Indian journal of veterinary science and animal husbandry - Volume 6,
Year: 1936
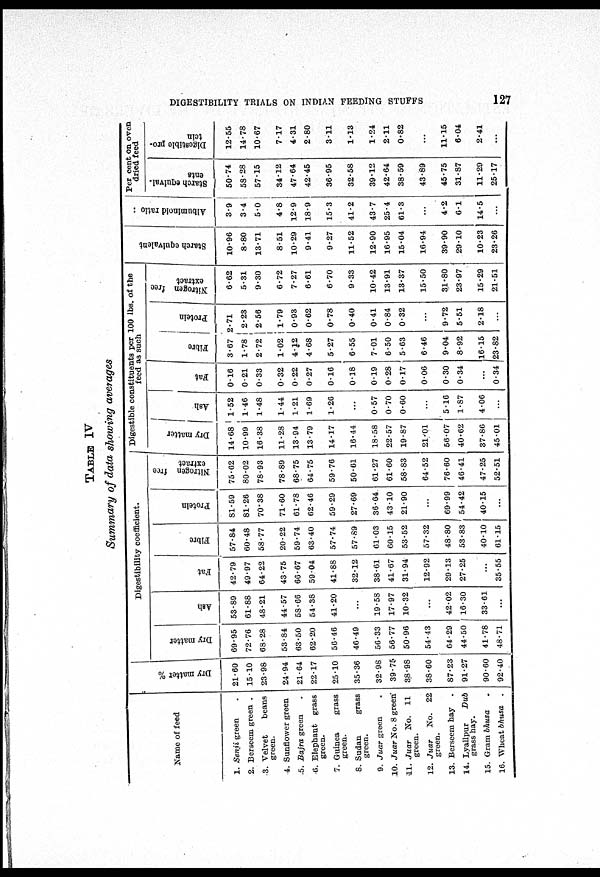
DIGESTIBILITY TRIALS ON INDIAN FEEDING STUFFS
127
TABLE IV
Summary of data showing averages
Name of feed
1.
2.
3.
4.
5.
6.
7.
8.
9.
10.
11.
12.
13.
14.
15.
16.
Senji green .
Berseem green .
Velvet
beans
green.
Sunflower green
Bajra green
Elephant grass
green.
Guinea
grass
green.
Sudan
grass
green.
Juar green
Juar No. 8 green
Juar
No. 11
green.
Juar
No. 22
green.
Berseem hay .
Lyallpur
Dub
grass hay.
Gram bhusa
Wheat bhusa
.
Dr y matter %
21.60
15.10
23.98
24.94
21.64
22.17
25.10
35.36
32.98
39.75
38.98
38.60
87.23
91.27
90.60
92.40
Digestibility coefficient.
Dr y matter
69.95
72.76
68.28
53.84
63.50
62.20
56.46
46.49
56.33
56.77
50.96
54.43
64.29
44.50
41.78
48.71
As h
53.89
61.88
48.21
44.57
58.66
54.38
41.20
...
19.58
17.97
10.32
...
42.02
16.30
33.61
...
Fat
42.79
49.97
64.22
43.75
66.67
59.04
41.88
32.12
38.61
41.67
31.94
12.92
29.13
27.25
...
35.55
Fi br e
57.84
60.48
58.77
20.22
59.74
63.40
57.74
57.89
61.03
60.15
53.52
57.32
48.80
53.83
40.10
61.15
Pr ot ei n
81.59
81.26
70.38
71.60
61.78
62.46
59.29
27.69
36.64
43.10
21.90
...
69.99
54.42
40.15
...
Nitrogen free
extract
75.62
80.02
78.93
78.89
68.75
64.75
59.76
50.61
61.27
61.60
58.83
64.52
76.60
46.41
47.25
52.51
Digestible constituents per 100 lbs. of the
feed as such
Dry matter
14.68
10.99
16.38
11.28
13.94
13.79
14.17
16.44
18.58
22.57
19.87
21.01
56.07
40.62
37.86
45.01
Ash
1.52
1.46
1.48
1.44
1.21
1.69
1.26
...
0.57
0.70
0.60
...
5.16
1.87
4.06
...
Fat
0.16
0.21
0.33
0.32
0.22
0.27
0.16
0.18
0.19
0.28
0.17
0.06
0.30
0.34
...
0.34
Fi br e
3.67
1.78
2.72
1.02
4.12
4.68
5.27
0.55
7.01
6.50
5.63
6.46
9.04
8.92
16.15
23.82
J
Pr ot ei n
2.71
2.23
2.56
1.79
0.93
0.62
0.78
0.40
0.41
0.84
0.32
...
9.72
5.51
2.18
...
Nitrogen free
extract
6.62
5.31
9.30
6.72
7.27
6.61
6.70
9.33
10.42
13.91
13.37
15.50
31.80
23.97
15.29
21.51
Starch equivalent
10.96
8.80
13.71
8.51
10.29
9.41
9.27
11.52
12.90
16.95
15.04
16.94
39.90
20.10
10.23
23.26
Albuminoid ratio
3.9
3.4
5.0
4.8
12.9
18.9
15.3
41.2
43.7
25.4
61.3
...
4.2
6.1
14.5
...
Per cent on oven
dried feed
Starch equival-
ents
50.74
58.28
57.15
34.12
47.64
42.45
36.95
32.58
39.12
42.64
38.59
43.89
45.75
31.87
11.29
25.17 |
Digestible pro-
tein
12.55
14.78
10.67
7.17
4.31
2.80
3.11
1.13
1.24
2.11
0.82
11.15
6.04
2.41
...